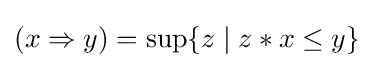
(x\Rightarrow y)=\sup\{z\mid z*x\leq y\}